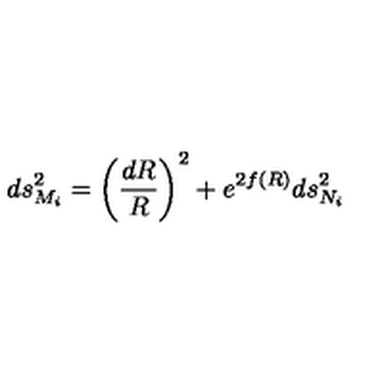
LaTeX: d s _ { M _ { i } } ^ { 2 } = \left( { \frac { d R } { R } } \right) ^ { 2 } + e ^ { 2 f ( R ) } d s _ { N _ { i } } ^ { 2 }